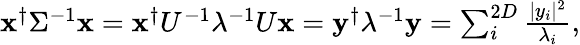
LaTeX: \begin{array}{r}{{\mathbf x}^{\dagger}\Sigma^{-1}{\mathbf x}={\mathbf x}^{\dagger}U^{-1}\lambda^{-1}U{\mathbf x}={\mathbf y}^{\dagger}\lambda^{-1}{\mathbf y}=\sum_{i}^{2D}\frac{|y_{i}|^{2}}{\lambda_{i}},}\end{array}